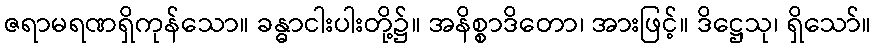
ဇရာမရဏရှိကုန်သော။ ခန္ဓာငါးပါးတို့၌။ အနိစ္စာဒိတော၊ အားဖြင့်။ ဒိဋ္ဌေသု၊ ရှိသော်။